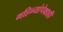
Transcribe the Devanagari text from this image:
महिन्यांपेक्षाही